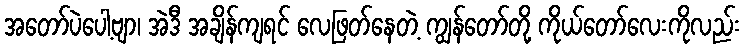
အတော်ပဲပေါ့ဗျာ၊ အဲဒီ အချိန်ကျရင် လေဖြတ်နေတဲ့ ကျွန်တော်တို့ ကိုယ်တော်လေးကိုလည်း